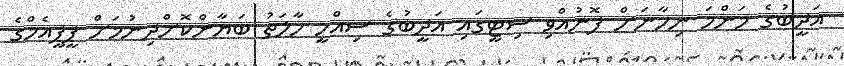
އަދީބުގެ މަންމަ ނިހާނަށް ފޮނުއްވި ސިޓީގައި އަދީބުގެ ސިއްހީ ހާލަތު ބަޔާންކޮށްދިނުމަށް ޕީޕީއެމްގެ